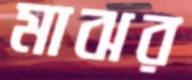
মাঝর